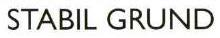
STABIL GRUND